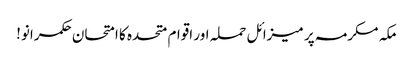
مکہ مکرمہ پر میزائل حملہ اور اقوام متحدہ کا امتحان	 حکمرانو!